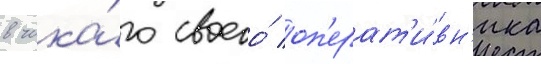
в чика́го своего́ оп'ерат'и́вн'ика